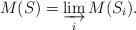
LaTeX: \begin{align*}M(S) = \varinjlim_i M(S_i).\end{align*}